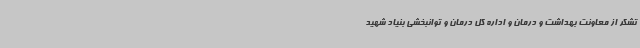
تشکر از معاونت بهداشت و درمان و اداره کل درمان و توانبخشی بنیاد شهید